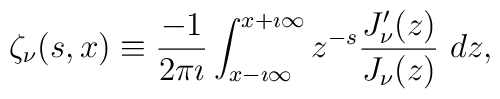
\zeta_\nu(s,x)\equiv  \displaystyle{\frac{-1}{2\pi \imath}}  \int_{x-\imath\infty}^{x+\imath\infty} z^{-s}  \displaystyle{\frac{J'_\nu(z)}{J_\nu(z)}} \  dz,